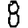
Digit: 8